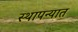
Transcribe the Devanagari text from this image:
स्थापन्यात